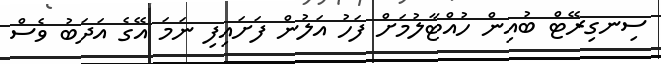
ސިނގިރޭޓް ބުއިން ހުއްޓާލުމަށް ފަހު އަލުން ފަށައިފި ނަމަ އޭގެ އަދަބު ވެސް